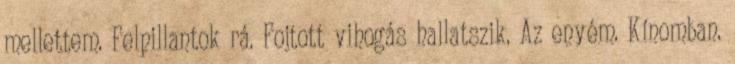
mellettem. Felpillantok rá. Fojtott vihogás hallatszik. Az enyém. Kínomban.